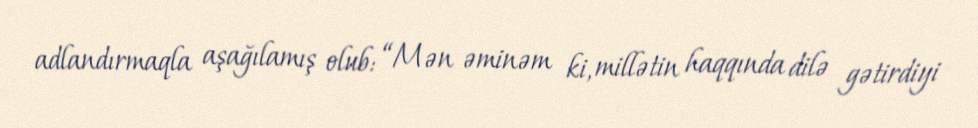
adlandırmaqla aşağılamış olub: “Mən əminəm ki, millətin haqqında dilə gətirdiyi